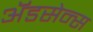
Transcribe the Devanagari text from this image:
ॲडसेन्स